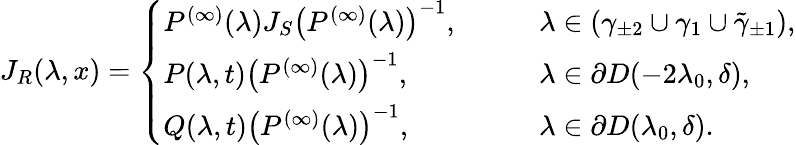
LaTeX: J_{R}(\lambda,x)=\left\{ \begin{array}{ll}{P^{(\infty)}(\lambda)J_{S}\left(P^{(\infty)}(\lambda)\right)^{-1},}&{\qquad\lambda\in\left(\gamma_{\pm 2}\cup\gamma_{1}\cup\tilde{\gamma}_{\pm 1}\right),}\\ {P(\lambda,t)\left(P^{(\infty)}(\lambda)\right)^{-1},}&{\qquad\lambda\in\partial D(-2\lambda_{0},\delta),}\\ {Q(\lambda,t)\left(P^{(\infty)}(\lambda)\right)^{-1},}&{\qquad\lambda\in\partial D(\lambda_{0},\delta).}\end{array}\right.